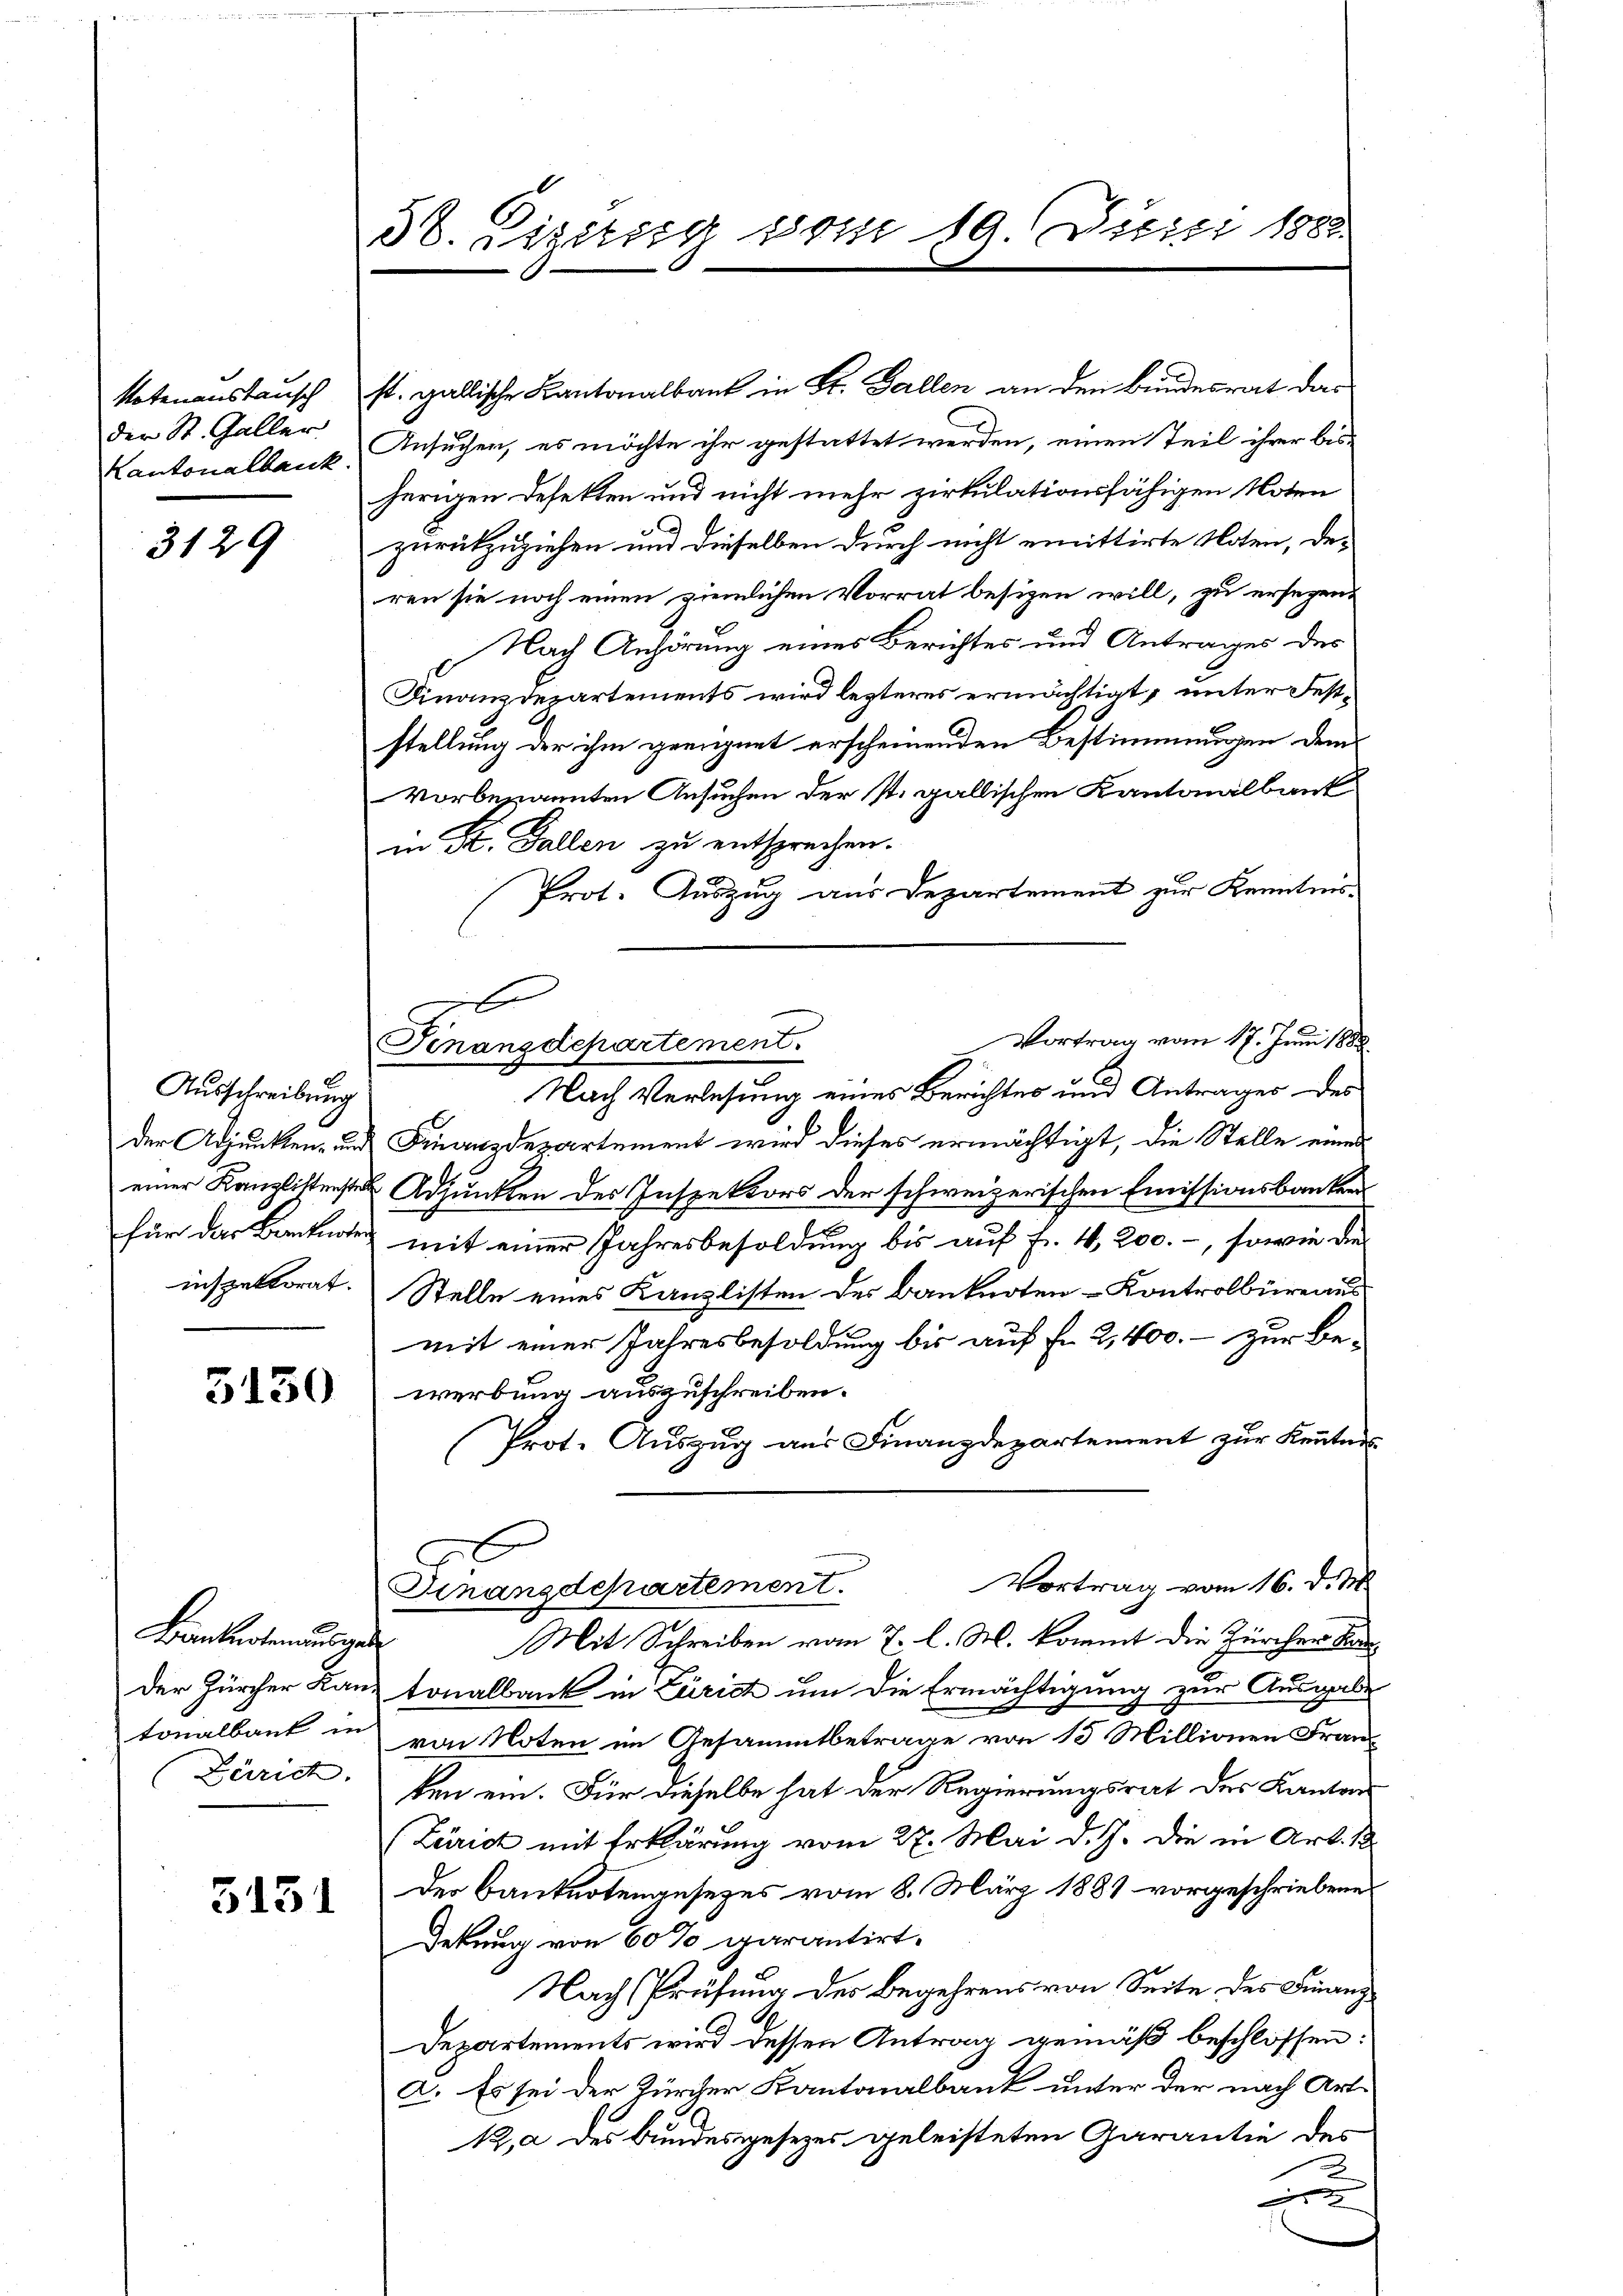
Notenanstansch
der St. Galler
Kantonalbank

3129

Ausschreibung
der Adjunken- und
einer Kanzlistenster
für das Banknote
inspektorat.

3130

Brandkartenausges
der Zürcher Kantonalbaut in
Zürich.

5151

38. Sizizug vom 19 Juizi 1882.

x
Vortrag vom 17. Juni 1888.
Finanzdepartement.

st. gallische Kantonalbaut in St. Gallen an den Bundesrat das
Ansuchen, es möchte ihr gestattet werden, einen Teil ihrer bisherigen Defekten und nicht mehr zirkulationsfähigen Noten
zurückzuziehen und dieselben durch nicht emittirte Noten, deren sie noch einen ziemlichen Vorrat besizen will, zu ersezen.
Nach Anhörung eines Berichtes und Antrages des
Finanzdepartements wird lezteres ermächtigt, unter Feststellung der ihm geeignet erscheinenden Bestimmungen dem
Vorbesannten Ansuchen der st. gallischen Kantonalbank
in St. Gallen zu entsprechen.
Prot. Auszug aus Departement zur Kenntnis
Nach Verlesung eines Berichtes und Antrages des
E
Finanzdepartement wird dieses ermächtigt, die Stelle eines
Adjunkten des Inspektors der schweizerischen Emissionsbanken
mit einer Jahresbesoldung bis auf Fr. 4,200.-, sowie die
Stelle eines Kanzlisten des Banknoten Kontrolbüreaus
mit einer Jahresbesoldung bis auf Fr. 2,400. - zur Bewerbung auszuschreiben.
Prot. Auszug aus Finanzdepartement zur Kenntnis
-
Vortrag vom 16. d. M.
Finanzdepartement.
Mit Schreiben vom 7. l. M. kommt die Zürcher ke
t
tonalbank in Zürich um die Ermächtigung zur Ausgabe
von Noten im Gesammtbetrage von 15 Millionen Franken ein. Für dieselbe hat der Regierungsrat des Kantons
(Zürich mit Erklärung vom 27. Mai d. J. die in Art. 1
Der Banknotengesetzes vom 8. März 1881 vorgeschriebene
Dekung von 60% garantirt.
Nach Prüfung der Begehrens von Seite des Finanz
Departements wird dessen Antrag gemäß beschlossen:
a. Es sei der Zürcher Kantonalbank unter der nach Art.
12, a des Bundesgesezes geleisteten Garantie des
2